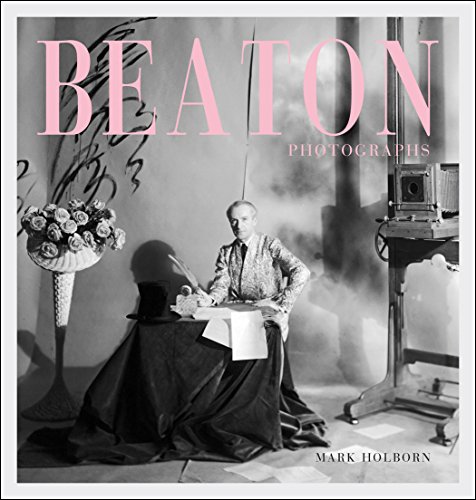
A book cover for Beaton Photographs; Mark Holborn; Arts & Photography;